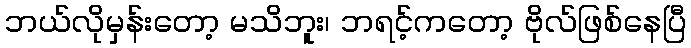
ဘယ်လိုမှန်းတော့ မသိဘူး၊ ဘရင့်ကတော့ ဗိုလ်ဖြစ်နေပြီ